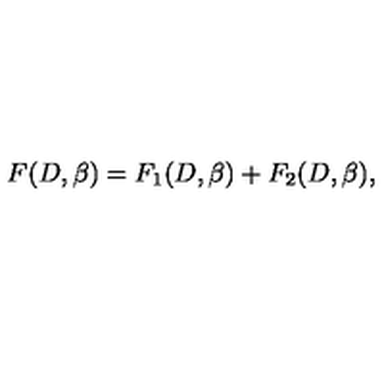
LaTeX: F ( D , \beta ) = F _ { 1 } ( D , \beta ) + F _ { 2 } ( D , \beta ) ,